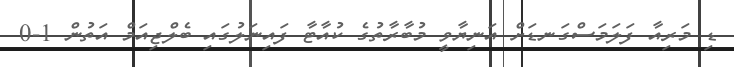
ޑި މަރިއާ ފަލަމަސްގަނޑަށް އަނިޔާވީ މުބާރާތުގެ ކުއާޓާ ފައިނަލުގައި ބެލްޖިއަމް އަތުން 1-0